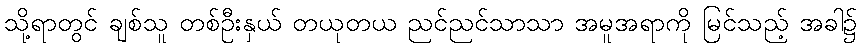
သို့ရာတွင် ချစ်သူ တစ်ဦးနှယ် တယုတယ ညင်ညင်သာသာ အမူအရာကို မြင်သည့် အခါ၌